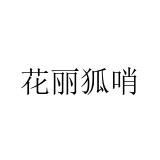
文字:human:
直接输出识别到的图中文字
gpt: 花丽狐哨